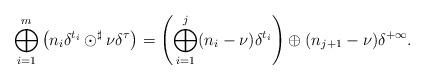
LaTeX: \begin{align*} \bigoplus_{i=1}^m \left(n_i\delta^{t_i} \odot^\sharp \nu\delta^\tau\right) = \left(\bigoplus_{i = 1}^j (n_i - \nu) \delta^{t_i}\right) \oplus (n_{j+1}-\nu)\delta^{+\infty}.\end{align*}